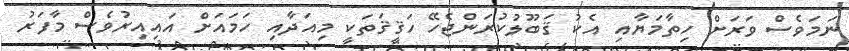
ނަމަވެސް ވަރަށް ހިތާމަޔާއި އެކު ޤަބޫލުކުރަންޖެހޭ ހަޤީޤަތަކީ މިއަދާއި ހަމައަށް އައިއިރުވެސް މާފަރު